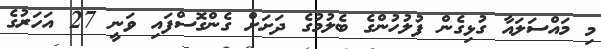
މި މައްސަލައާ ގުޅިގެން ފުލުހުންގެ ބެލުމުގެ ދަށަށް ގެންގޮސްފައި ވަނީ 27 އަހަރުގެ